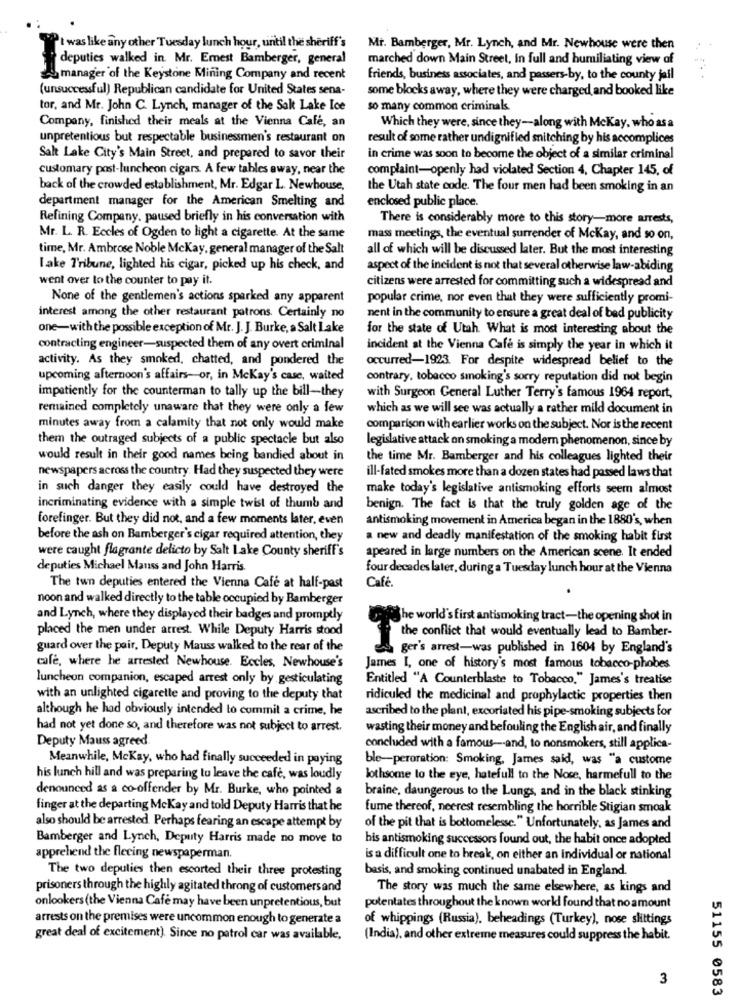
WPt was like any other Tuesday lunch hour, until the sheriff's
Mr. Bamberger, Mr. Lynch, and Mr. Newhouse were then
deputies walked in. Mr. Emest Bamberger, general
marched down Main Street, In full and humiliating view of
manager of the Keystone Mining Company and recent
friends, business associates, and passers-by, to the county jail
(unsuccessful) Republican candidate for United States sena-
some blocks away, where they were charged and booked like
tor, and Mr. John C. Lynch, manager of the Sak Lake Ice
so many common criminals.
Company, finished their meals at the Vienna Cafe, an
Which they were, since they-along with Mckay, who as a
unpretentious but respectable businessmen's restaurant on
result of some rather undignified snitching by his accomplices
Salt Lake City's Main Street, and prepared to savor their
in crime was soon to become the object of a similar criminal
customary post-luncheon cigars. A few tables away, near the
complaint-openly had violated Section 4, Chapter 145, of
back of the crowded establishment, Mr. Edgar L. Newhouse,
the Utah state code. The four men had been smoking in an
department manager for the American Smelting and
enclosed public place.
Refining Company, paused briefly in his conversation with
There is considerably more to this story-more arrests,
Mr. L. R. Eccles of Ogden to light a cigarette. At the same
mass meetings, the eventual surrender of Mckay, and so on,
time, Mr. Ambrose Noble Mckay, general manager of the Salt
all of which will be discussed later. But the most interesting
Lake Tribune, lighted his cigar, picked up his check, and
aspect of the incident is not that several otherwise law-abiding
went over to the counter to pay it.
citizens were arrested for committing such a widespread and
None of the gentlemen's actions sparked any apparent
popular crime, nor even that they were sufficiently promi-
interest among the other restaurant patrons. Certainly no
nent in the community to ensure a great deal of bad publicity
one-with the possible exception of Mr. J. J. Burke, a Salt Lake
for the state of Utah What is most interesting about the
contracting engineer-suspected them of any overt criminal
incident at the Vienna Cafe is simply the year in which it
activity. As they smoked, chatted, and pondered the
occurred-1923. For despite widespread belief to the
upcoming afternoon's affairs-or, in Mckay's case, waited
contrary, tobacco smoking's sorry reputation did not begin
impatiently for the counterman to tally up the bill-they
with Surgeon General Luther Terry's famous 1964 report,
remained completely unaware that they were only a few
which as we will see was actually a rather mild document in
minutes away from a calamity that not only would make
comparison with earlier works on the subject. Nor is the recent
them the outraged subjects of a public spectacle but also
legislative attack on smoking a modern phenomenon, since by
would result in their good names being bandied about in
the time Mr. Bamberger and his colleagues lighted their
newspapers across the country. Had they suspected they were
ill-fated smokes more than a dozen states had passed laws that
in such danger they easily could have destroyed the
make today's legislative antismoking efforts seem almost
incriminating evidence with a simple twist of thumb and
benign. The fact is that the truly golden age of the
forefinger. But they did not, and a few moments later, even
antismoking movement in America began in the 1880's, when
before the ash on Bamberger's cigar required attention, they
a new and deadly manifestation of the smoking habit first
were caught flagrante delicto by Salt Lake County sheriff's
apeared in large numbers on the American scene. It ended
deputies Michael Mauss and John Harris.
four decades later, during a Tuesday lunch hour at the Vienna
The twn deputies entered the Vienna Cafe at half-past
Café.
noon and walked directly to the table occupied by Bamberger
and Lynch, where they displayed their badges and promptly
righe world's first antismoking tract-the opening shot in
placed the men under arrest. While Deputy Harris stood
the conflict that would eventually lead to Bamber-
guard over the pair, Deputy Mauss walked to the rear of the
ger's arrest-was published in 1604 by England's
cafe, where he arrested Newhouse. Eccles, Newhouse's
James I, one of history's most famous tobacco-phobes
luncheon companion, escaped arrest only by gesticulating
Entitled "A Counterblaste to Tobacco." James's treatise
with an unlighted cigarette and proving to the deputy that
ridiculed the medicinal and prophylactic properties then
although he had obviously intended to commit a crime, he
ascribed to the plant, excoriated his pipe-smoking subjects for
had not yet done so, and therefore was not subject to arrest.
wasting their money and befouling the English air, and finally
Deputy Mauss agreed
concluded with a famous -- and, to nonsmokers, still applica-
Meanwhile, MeKay, who had finally succeeded in paying
ble-peroration: Smoking, James said, was "a custome
his lunch hill and was preparing to leave the cafe, was loudly
lothsome to the eye, hatefull to the Noce, harmefull to the
denounced as a co-offender by Mr. Burke, who pointed a
braine, daungerous to the Lungs, and in the black stinking
finger at the departing Mckay and told Deputy Harris that he
fume thereof, neerest resembling the horrible Stigian smoak
also should be arrested. Perhaps fearing an escape attempt by
of the pit that is bottomelessc." Unfortunately, as James and
Bamberger and Lynch, Deputy Harris made no move to
his antismoking successors found out, the habit once adopted
apprehend the fleeing newspaperman.
is a difficult one to break, on either an individual or national
basis, and smoking continued unabated in England.
The two deputies then escorted their three protesting
prisoners through the highly agitated throng of customers and
The story was much the same elsewhere, as kings and
onlookers (the Vienna Café may have been unpretentious, but
potentates throughout the known worki found that no amount
arrests on the premises were uncommon enough to generate a
of whippings (Russia), beheadings (Turkey), nose slittings
great deal of excitement). Since no patrol car was available,
(India), and other extreme measures could suppress the habit.
3
51155 0583